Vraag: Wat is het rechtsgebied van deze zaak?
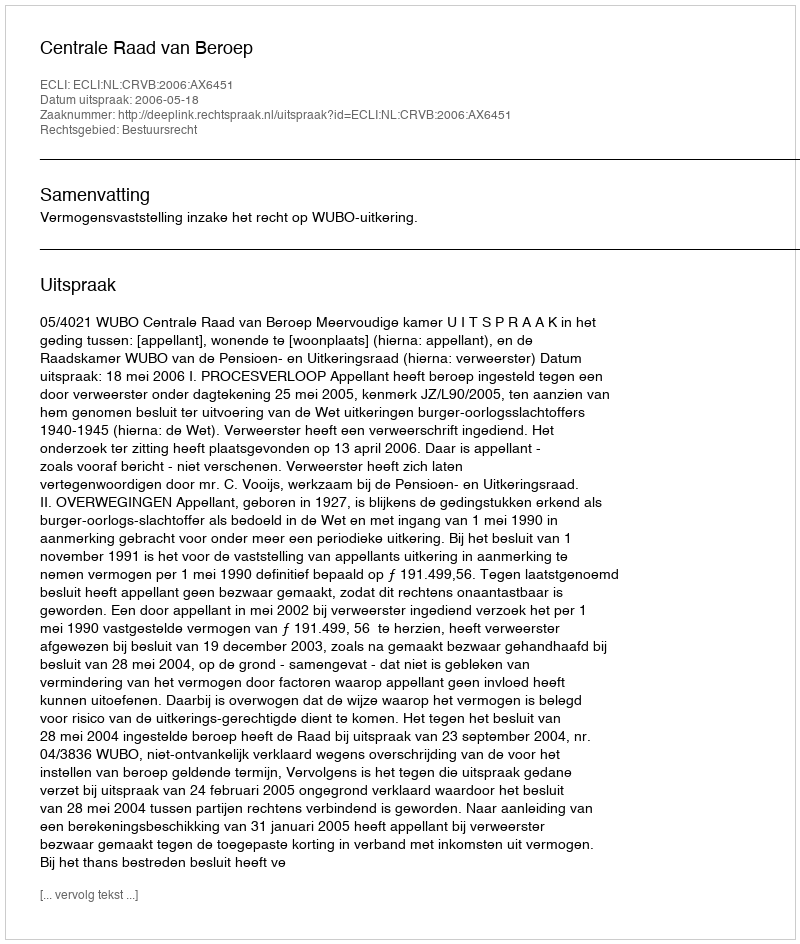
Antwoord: Bestuursrecht